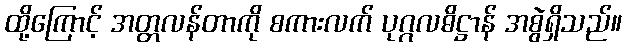
ထို့ကြောင့် အတ္တလန်တာကို စကားလက် ပုဂ္ဂလဓိဋ္ဌာန် အစွဲရှိသည်။